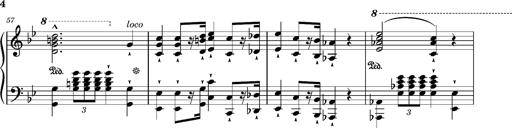
Title: Ungarischer Marsch
Composer: Friedrich Nietzsche